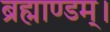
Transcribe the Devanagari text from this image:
ब्रह्माण्डम्।